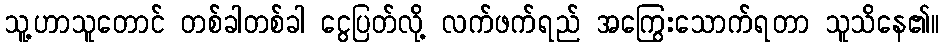
သူ့ဟာသူတောင် တစ်ခါတစ်ခါ ငွေပြတ်လို့ လက်ဖက်ရည် အကြွေးသောက်ရတာ သူသိနေ၏။